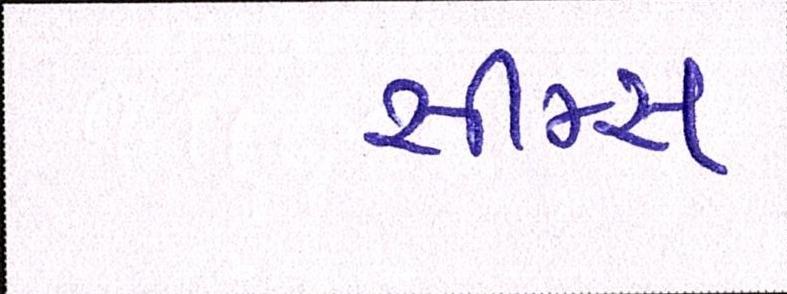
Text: સીમ્સ